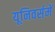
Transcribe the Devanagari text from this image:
यूनिवर्समें